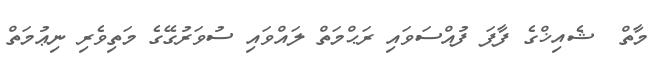
މާތް  ޝެއިޚްގެ ފާފަ ފުއްސަވައި ރަޙްމަތް ލައްވައި ސުވަރުގޭގެ މަތިވެރި ނިޢުމަތް